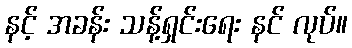
နင့် အခန်း သန့်ရှင်းရေး နင် လုပ်။